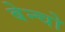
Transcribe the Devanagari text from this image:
बेन्चो